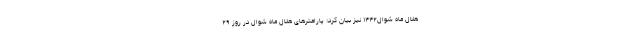
هلال ماه شوال۱۴۴۲ نیز بیان کرد: پارامترهای هلال ماه شوال در روز ۲۹